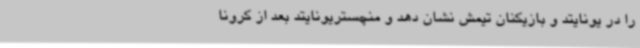
را در یونایتد و بازیکنان تیمش نشان دهد و منچستریونایتد بعد از کرونا